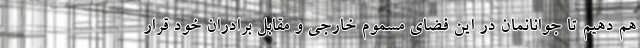
هم دهیم تا جوانانمان در این فضای مسموم خارجی و مقابل برادران خود قرار